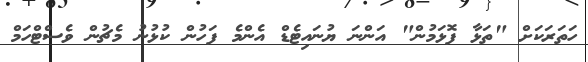
ހަތަރަކަށް "ތަޅާ ފޮޅަމުން" އަންނަ ޔުނައިޓެޑް އެންމެ ފަހުން ކުޅުނު މެޗުން ވެސްޓްހަމް